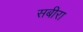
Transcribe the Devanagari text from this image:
सबीरा